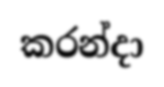
කරන්දා